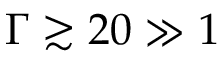
\Gamma \gtrsim 2 0 \gg 1